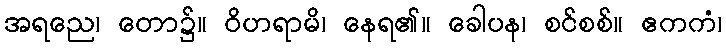
အရညေ၊ တော၌။ ဝိဟရာမိ၊ နေရ၏။ ခေါပန၊ စင်စစ်။ ဧကကံ၊